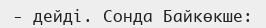
-	дейді. Сонда Байкөкше: